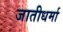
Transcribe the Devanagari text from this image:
जातीधर्मा